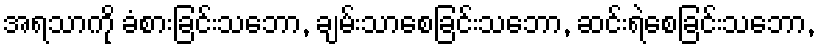
အရသာကို ခံစားခြင်းသဘော, ချမ်းသာစေခြင်းသဘော, ဆင်းရဲစေခြင်းသဘော,